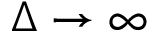
\Delta \rightarrow \infty